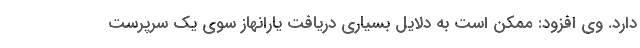
دارد. وی افزود: ممکن است به دلایل بسیاری دریافت یارانهاز سوی یک سرپرست